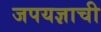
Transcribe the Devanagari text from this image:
जपयज्ञाची